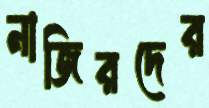
নাজিরদের